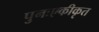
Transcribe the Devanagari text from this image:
पुनःएकीकृत